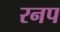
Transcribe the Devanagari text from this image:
रनप